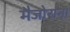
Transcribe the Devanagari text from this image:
मैजोराना